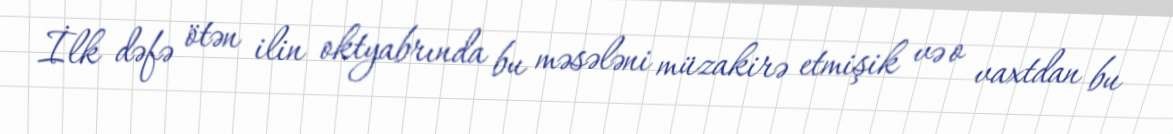
İlk dəfə ötən ilin oktyabrında bu məsələni müzakirə etmişik və o vaxtdan bu